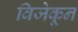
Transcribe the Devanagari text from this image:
विजेकून